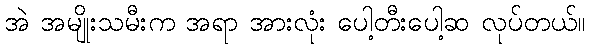
အဲ အမျိုးသမီးက အရာ အားလုံး ပေါ့တီးပေါ့ဆ လုပ်တယ်။